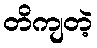
တိကျတဲ့